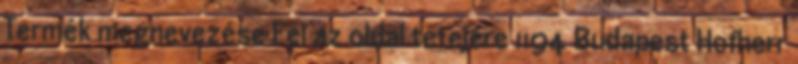
Termék megnevezése Fel az oldal tetejére 1194 Budapest Hofherr